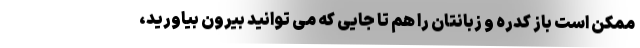
ممکن است باز کدره و زبانتان را هم تا جایی که می توانید بیرون بیاورید،